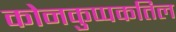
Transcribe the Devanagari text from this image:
कोनकुप्पकतिल